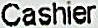
CASHIER